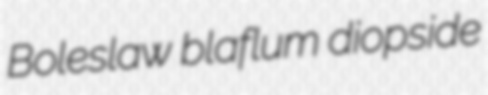
Boleslaw blaflum diopside